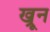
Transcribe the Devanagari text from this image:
ख्रून